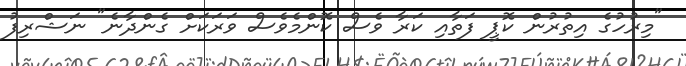
"މިރުހުގެ އިތުރުން ކޮޕީ ފަތާއި ކަރާ ވެސް ކޮންމެވެސް ވަރަކަށް ގެންދާނެ" ނަޝްރިފު